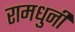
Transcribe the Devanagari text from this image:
रामधुनी